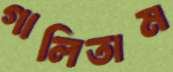
গালিতাম